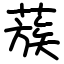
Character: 蔟